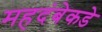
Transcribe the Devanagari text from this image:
महदंबेकडे